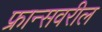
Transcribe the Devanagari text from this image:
फ्रान्सवरील